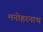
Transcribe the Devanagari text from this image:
मनोहरनाथ